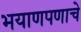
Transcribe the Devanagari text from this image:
भयाणपणाचे